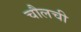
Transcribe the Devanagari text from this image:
चौलची